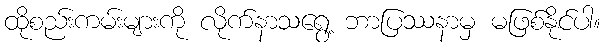
ထိုစည်းကမ်းများကို လိုက်နာသရွေ့ ဘာပြဿနာမှ မဖြစ်နိုင်ပါ။